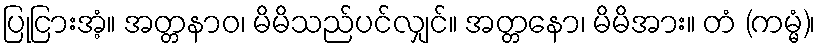
ပြုငြားအံ့။ အတ္တနာဝ၊ မိမိသည်ပင်လျှင်။ အတ္တနော၊ မိမိအား။ တံ (ကမ္မံ)၊